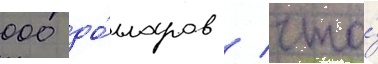
000 до́лларов / что́